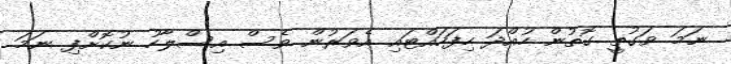
ނަމަ ވަގުތީ ގޮތުން ހުއްދަ ހިފަހައްޓައި އެވަރުން ވެސް އިސްލާހު ނުކޮށްފި ނަމަ